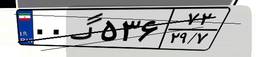
۵۹گ۸۱۲۵۱